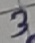
Text: 3